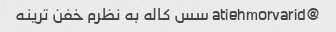
@atiehmorvarid سس کاله به نظرم خفن ترینه